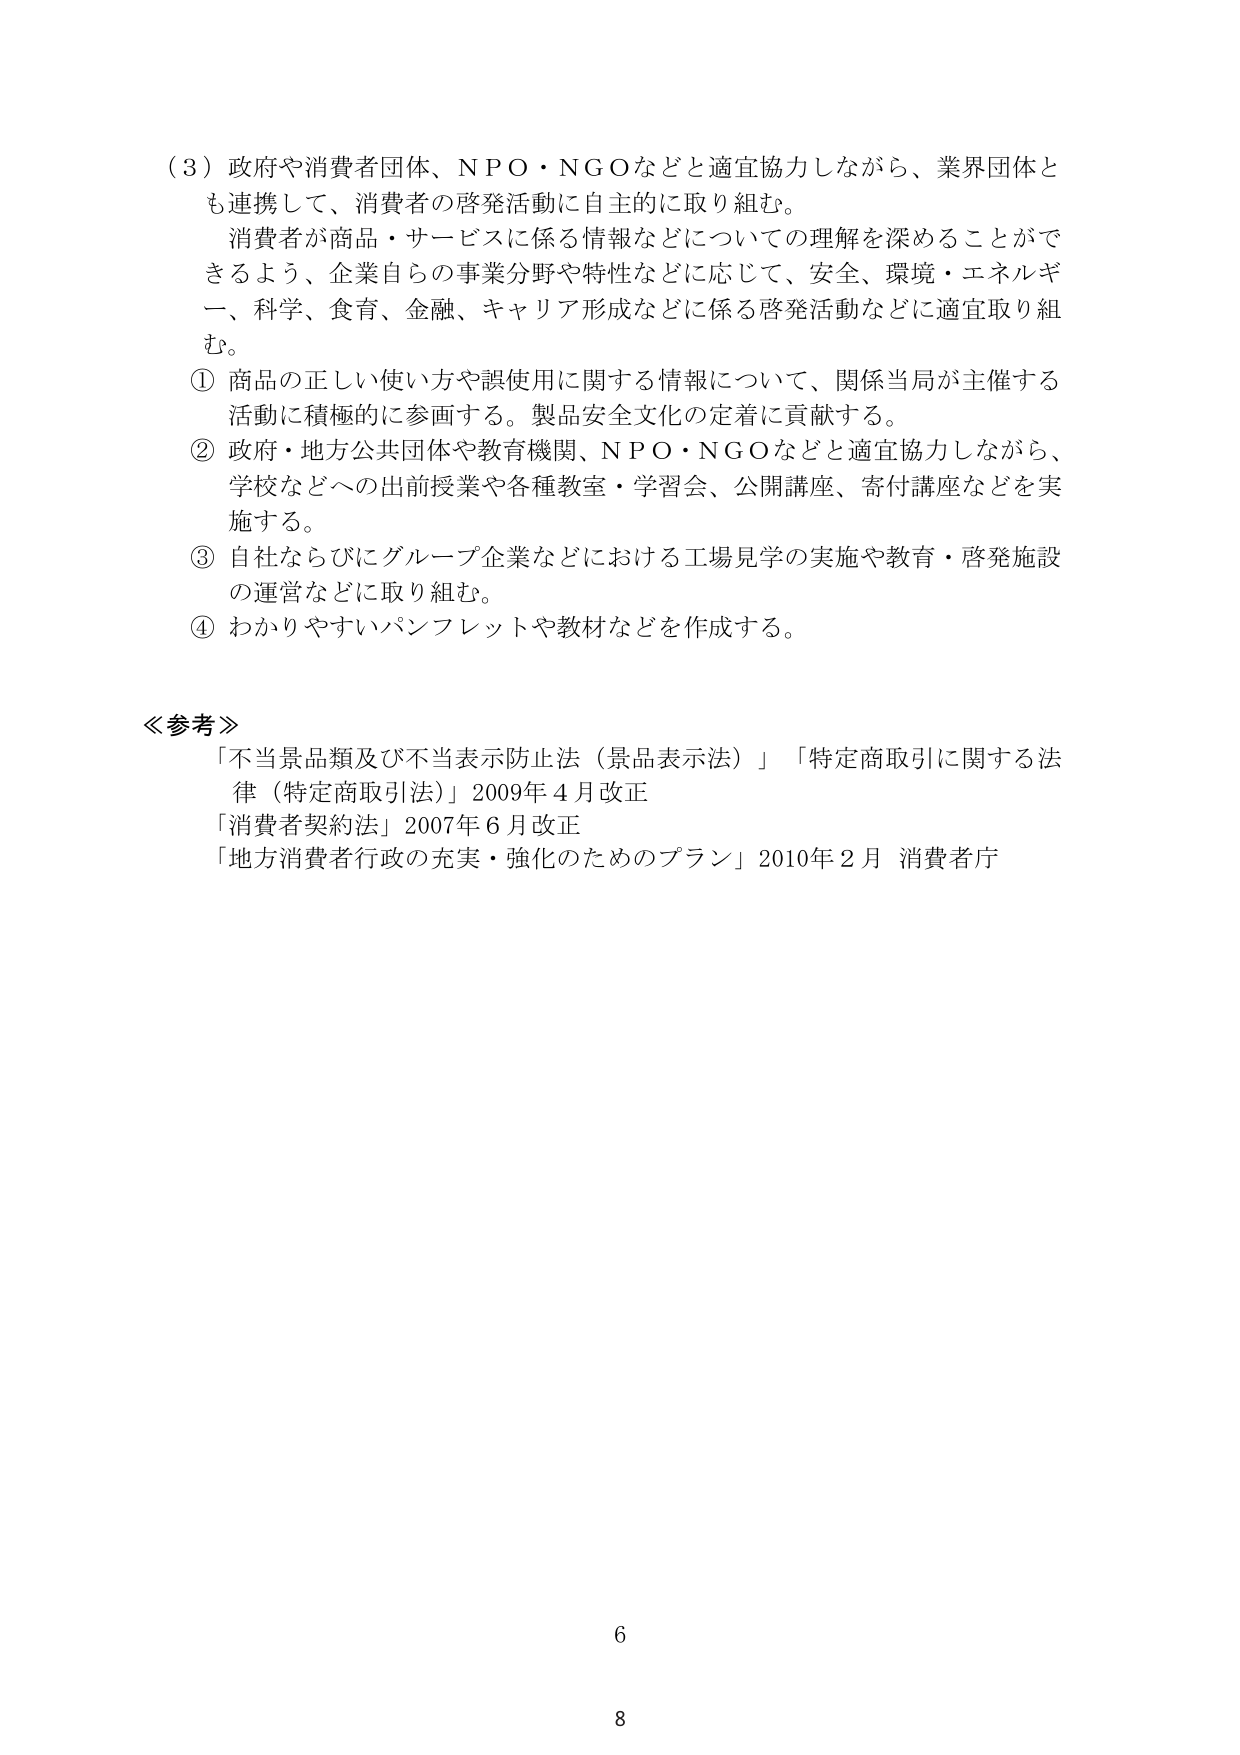
（３）政府や消費者団体、ＮＰＯ・ＮＧＯなどと適宜協力しながら、業界団体とも連携して、消費者の啓発活動に自主的に取り組む。
消費者が商品・サービスに係る情報などについての理解を深めることができるよう、企業自らの事業分野や特性などに応じて、安全、環境・エネルギー、科学、食育、金融、キャリア形成などに係る啓発活動などに適宜取り組む。
① 商品の正しい使い方や誤使用に関する情報について、関係当局が主催する活動に積極的に参画する。製品安全文化の定着に貢献する。
② 政府・地方公共団体や教育機関、ＮＰＯ・ＮＧＯなどと適宜協力しながら、学校などへの出前授業や各種教室・学習会、公開講座、寄付講座などを実施する。
③ 自社ならびにグループ企業などにおける工場見学の実施や教育・啓発施設の運営などに取り組む。
④ わかりやすいパンフレットや教材などを作成する。

≪参考≫
「不当景品類及び不当表示防止法（景品表示法）」「特定商取引に関する法律（特定商取引法）」2009年４月改正
「消費者契約法」2007年６月改正
「地方消費者行政の充実・強化のためのプラン」2010年２月 消費者庁

6
8